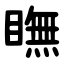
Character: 瞴